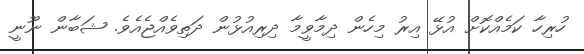
ހުރިހާ ކަމެއްކޮށް އުޅޭ އިރު މިހެން ދިމާވީމާ ދިރިއުޅުން ދަތިވެއްޖެއެވެ. ޝަބާން ނޫނީ